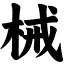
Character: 械